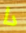
دا